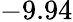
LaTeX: -9.94